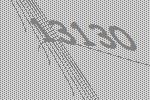
13130